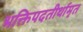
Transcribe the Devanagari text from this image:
भक्तिपदतीर्थामृत